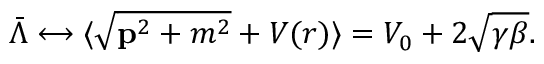
{ \bar { \Lambda } } \longleftrightarrow \langle { \sqrt { { \bf p } ^ { 2 } + m ^ { 2 } } } + V ( r ) \rangle = V _ { 0 } + 2 { \sqrt { \gamma \beta } } .